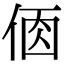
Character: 𠉦